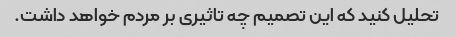
تحلیل کنید که این تصمیم چه تاثیری بر مردم خواهد داشت.